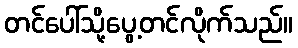
တင်ပေါ်သို့ပွေ့တင်လိုက်သည်။